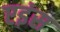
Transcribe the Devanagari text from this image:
एइंस